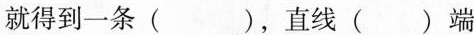
就得到一条()，直线()端